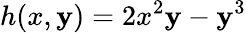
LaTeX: h(x,\mathbf{y})=2x^{2}\mathbf{y}-\mathbf{y}^{3}